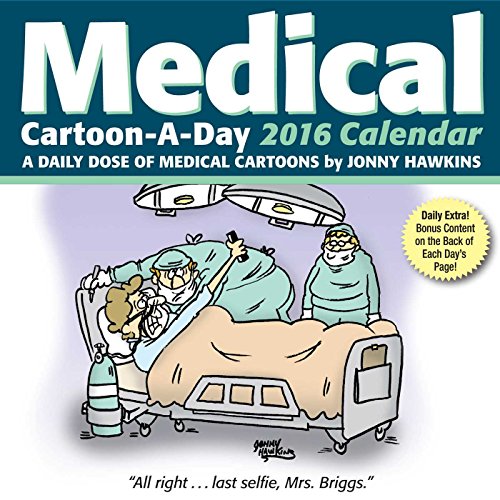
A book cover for Medical Cartoon-a-Day 2016 Calendar: A Daily Dose of Medical Cartoons; Jonny Hawkins; Humor & Entertainment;